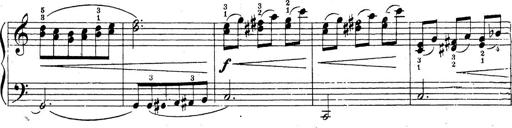
Title: 10 Sonatinas
Composer: Fritz Spindler